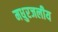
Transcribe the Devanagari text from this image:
मधुरजलीय